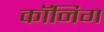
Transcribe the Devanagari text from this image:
कॉनिग